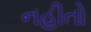
નહીતો